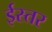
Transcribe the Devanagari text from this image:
ईस्तर